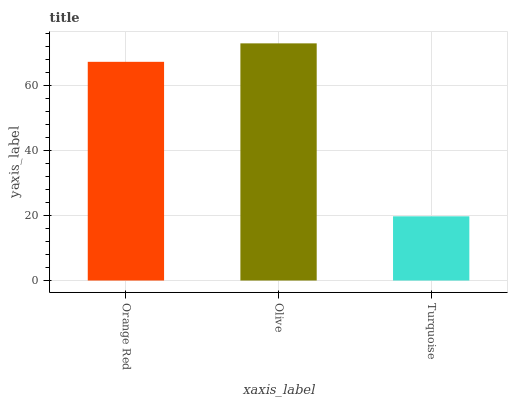
| xaxis_label | bars |
 | --- | --- |
 | Orange Red | 67.3 |
 | Olive | 73 |
 | Turquoise | 19.8 |